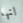
انها